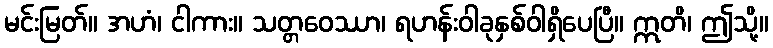
မင်းမြတ်။ အဟံ၊ ငါကား။ သတ္တဝေဿာ၊ ရဟန်းဝါခုနှစ်ဝါရှိပေပြီ။ ဣတိ၊ ဤသို့။